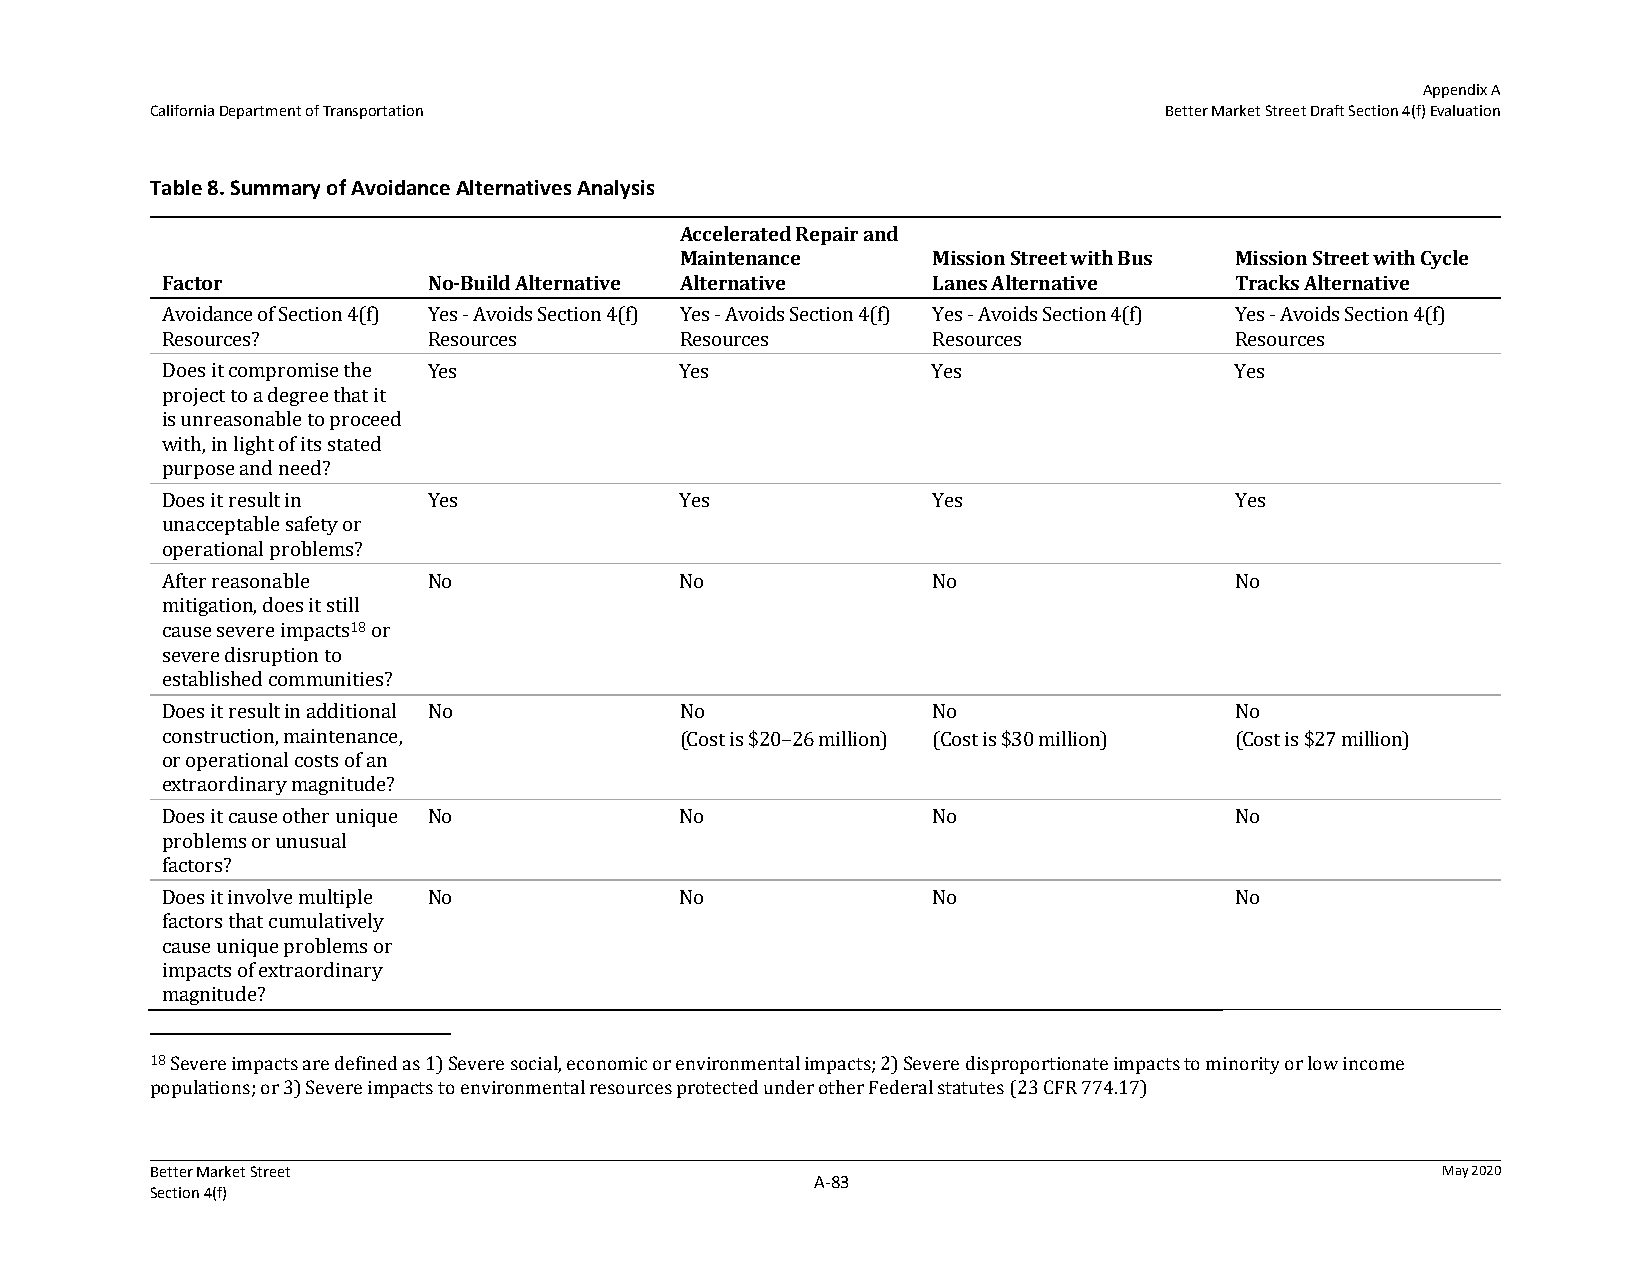
Appendix A
 California Department of Transportation                            Better Market Street Draft Section 4(f) Evaluation
 Table 8. Summary of Avoidance Alternatives Analysis
 Accelerated Repair and
 Maintenance      Mission Street with Bus Mission Street with Cycle
 Factor           No‐Build Alternative Alternative  Lanes Alternative   Tracks Alternative
 Avoidance of Section 4(f) Yes - Avoids Section 4(f) Yes - Avoids Section 4(f) Yes - Avoids Section 4(f) Yes - Avoids Section 4(f)
 Resources?       Resources        Resources        Resources           Resources
 Does it compromise the Yes        Yes              Yes                 Yes
 project to a degree that it
 is unreasonable to proceed
 with, in light of its stated
 purpose and need?
 Does it result in Yes             Yes              Yes                 Yes
 unacceptable safety or
 operational problems?
 After reasonable No               No               No                  No
 mitigation, does it still
 cause severe impacts18 or
 severe disruption to
 established communities?
 Does it result in additional No   No               No                  No
 construction, maintenance,        (Cost is $20–26 million) (Cost is $30 million) (Cost is $27 million)
 or operational costs of an
 extraordinary magnitude?
 Does it cause other unique No     No               No                  No
 problems or unusual
 factors?
 Does it involve multiple No       No               No                  No
 factors that cumulatively
 cause unique problems or
 impacts of extraordinary
 magnitude?
 18 Severe impacts are defined as 1) Severe social, economic or environmental impacts; 2) Severe disproportionate impacts to minority or low income
 populations; or 3) Severe impacts to environmental resources protected under other Federal statutes (23 CFR 774.17)
 Better Market Street                                                                 May 2020
 A‐83
 Section 4(f)